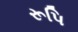
રૂપિ